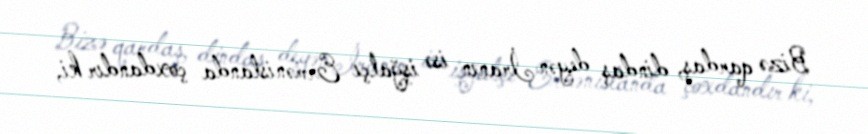
Bizə qardaş, dindaş deyən İranın isə işğalçı Ermənistanda çoxdandır ki,